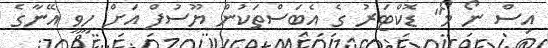
އިސް ނޯ މޯ" ޑޮކްޓަރު ގެ އެބަސްތަކުން ޔޫސުފް އަށް ހީވީ އޭނާގެ